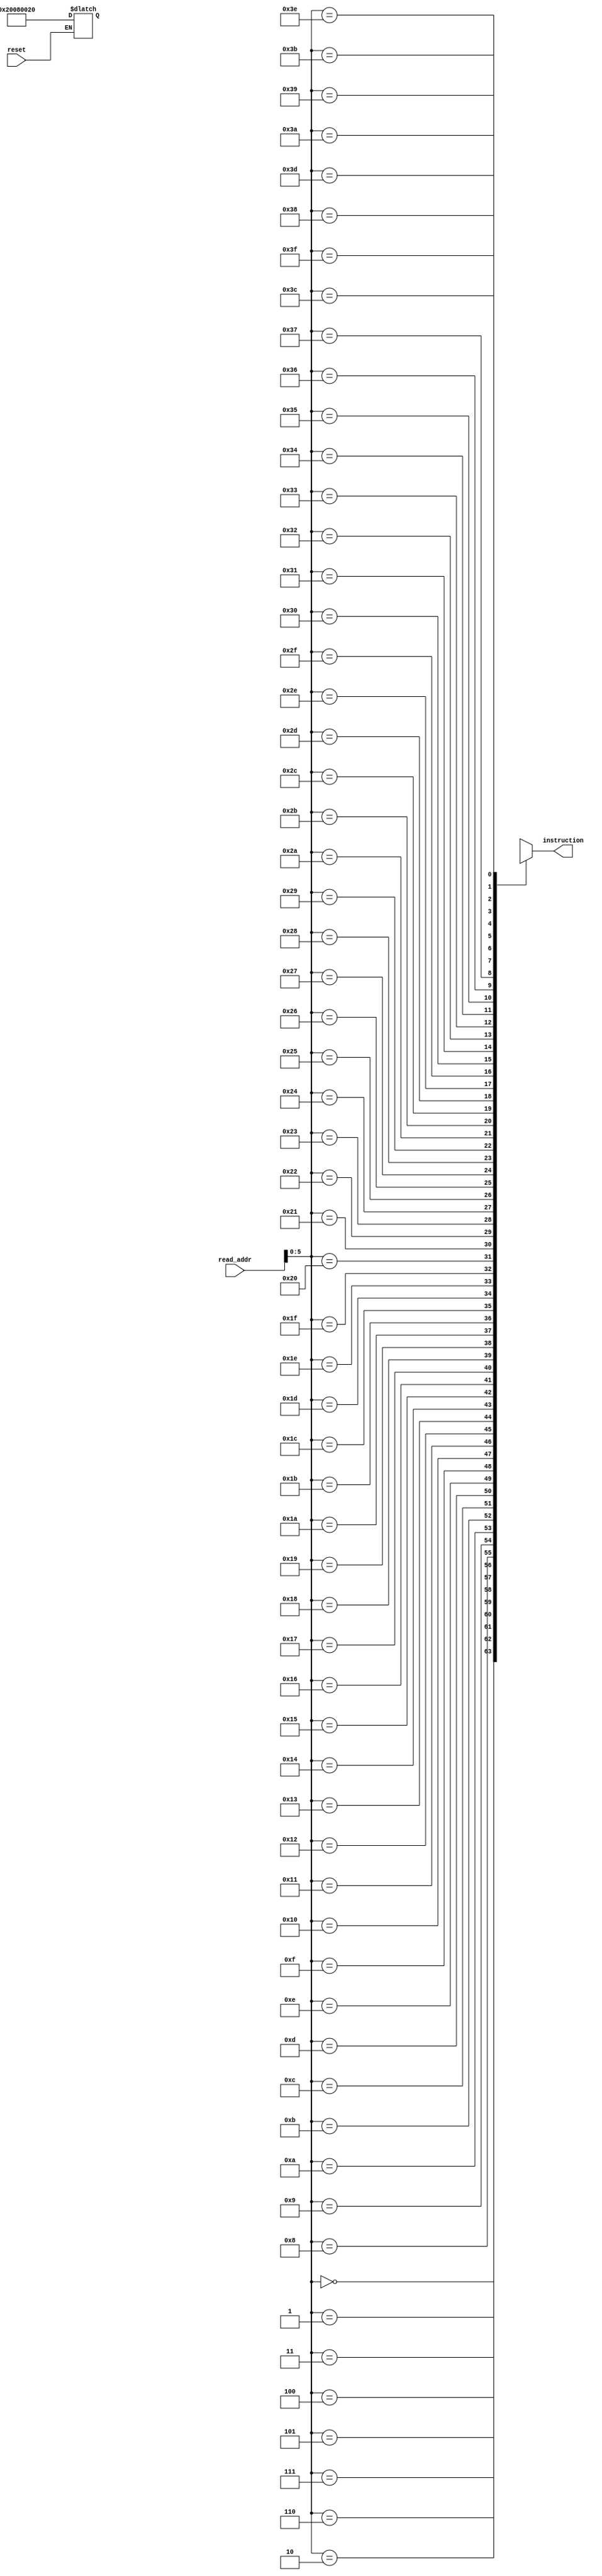
/*
Instruction Memory
            args:
                inputs : read_addr(32bit) and reset(1bit)
                outputs : instruction (32bit)

The instruction Memory is has 64, 32bit memory locations
Instructions need to be manually written (can be improved to take instructions from a file) 
*/


module instruction_memory(read_addr,reset,instruction);
    input [31:0] read_addr;   ///////////////// Change this according to the instruction count used
    input reset;                    //reset=1 Ins memory is initialized, reset=0 Read Ins memory
    output [31:0] instruction;      // 32 bit instructions

    reg [31:0] IMemory [63:0];      // 64 memory locations of 32bit length

    /// Memory in this case is addressed by word, not by byte
    assign instruction = IMemory[read_addr];

    always @(reset)
    begin
        if(reset == 1)       // Initializing Memory
        begin
            /* 
            Add the instructions here
            format:
                IMemory[0] = 32'b00100000000010000000000000100000;
                IMemory[1] = 32'b00100000000010010000000000110111; 

            */
            IMemory[0] = 32'b00100000000010000000000000100000;

        end
    end
endmodule